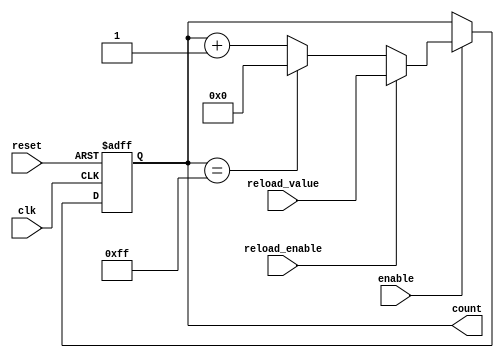
module ModuloNUpCounter (
  input wire clk,          // Clock input
  input wire reset,        // Reset input
  input wire enable,       // Enable input
  input wire reload_enable,// Reload enable input
  input wire [7:0] reload_value, // Reload value input
  output reg [7:0] count   // Counter output
);

parameter N = 256;  // Counter limit

always @(posedge clk or posedge reset) begin
  if (reset) begin
    count <= 0;
  end else if (enable) begin
    if (reload_enable) begin
      count <= reload_value;
    end else begin
      if (count == N-1) begin
        count <= 0;
      end else begin
        count <= count + 1;
      end
    end
  end
end

endmodule